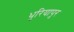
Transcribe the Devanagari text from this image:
धुरियापुर